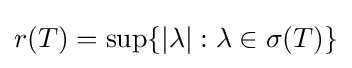
r(T)=\sup\{|\lambda |:\lambda \in \sigma (T)\}